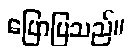
ပြောပြသည်။